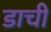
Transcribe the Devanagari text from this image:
डाची